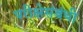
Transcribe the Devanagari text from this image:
परीक्षेसंबंधी